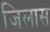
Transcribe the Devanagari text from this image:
जिलास